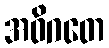
အဝိဂတေ